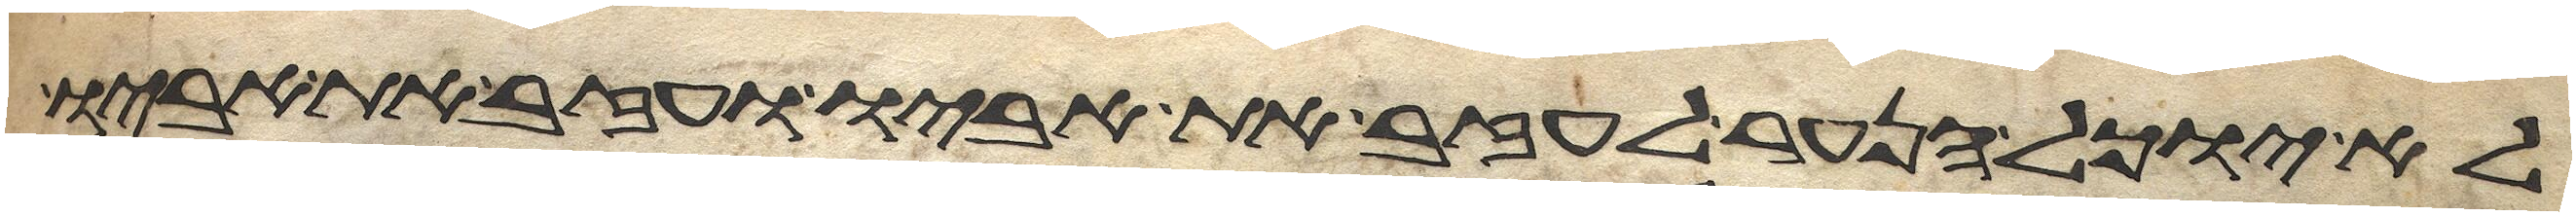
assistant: לא יוכל הנער לעזב את אביו ועזב את אביו